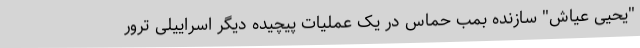
"یحیی عیاش" سازنده بمب حماس در یک عملیات پیچیده دیگر اسراییلی ترور